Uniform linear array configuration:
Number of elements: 8
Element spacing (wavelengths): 0.25
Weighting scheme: binomial
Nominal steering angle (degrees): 0
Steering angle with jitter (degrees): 1.224
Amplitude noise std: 0.05
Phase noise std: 0.05

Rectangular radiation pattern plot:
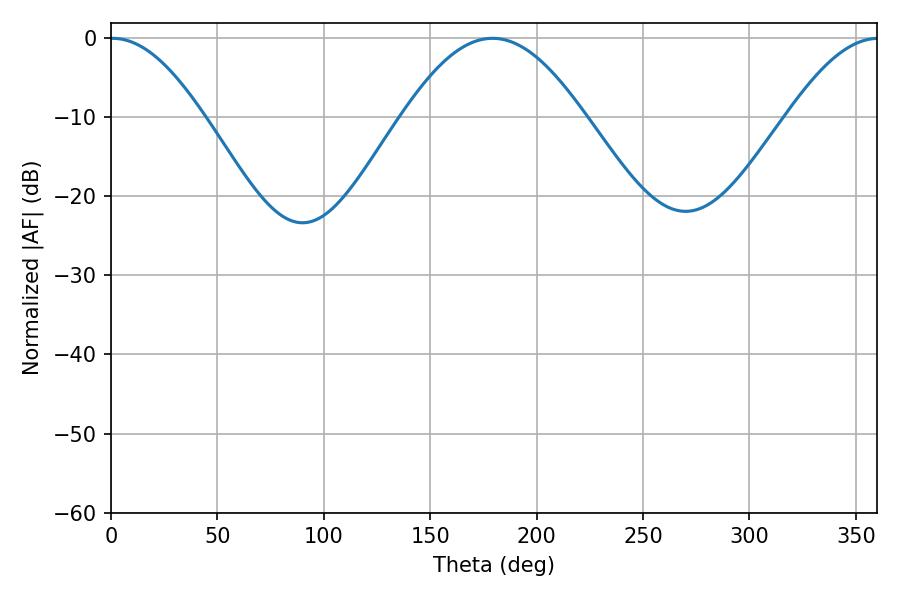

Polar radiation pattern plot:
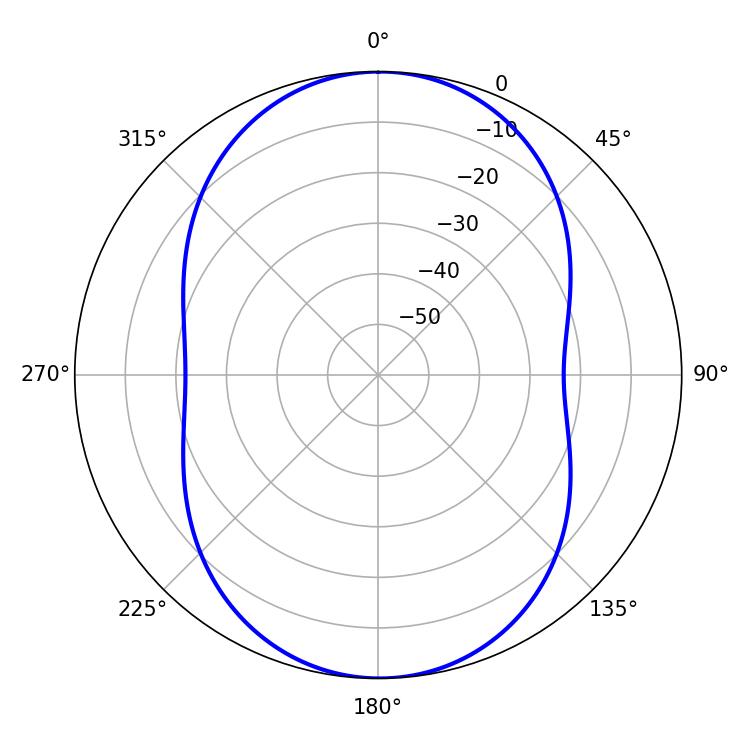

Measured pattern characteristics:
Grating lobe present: FALSE
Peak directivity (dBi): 22.384
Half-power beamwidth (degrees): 23.76
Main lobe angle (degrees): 0.72